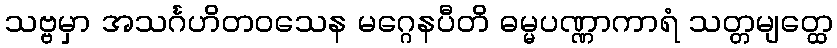
သဗ္ဗမှာ အသင်္ဂဟိတဝသေန မဂ္ဂေနပီတိ ဓမ္မပဏ္ဏာကာရံ သတ္တမျတ္ထေ